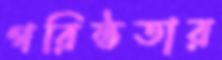
গরিষ্ঠতার